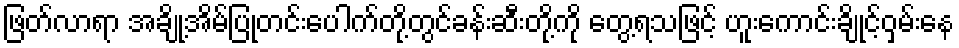
ဖြတ်လာရာ အချို့အိမ်ပြုတင်းပေါက်တို့တွင်ခန်းဆီးတို့ကို တွေ့ရသဖြင့် ဟူးကောင်းချိုင့်ဝှမ်းနေ